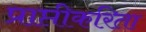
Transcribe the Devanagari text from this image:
प्राप्तीकरिता